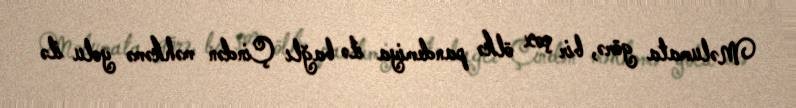
Məlumata görə, bir çox ölkə pandemiya ilə bağlı Çindən məhkəmə yolu ilə